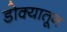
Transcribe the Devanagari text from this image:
डोक्‍यातून